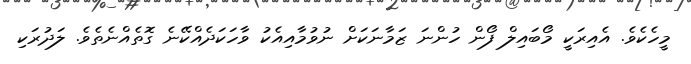
މީހެކެވެ. އެއިރަކީ މޯބައިލް ފޯން ހުންނަ ޒަމާނަކަށް ނުވުމާއިއެކު ވާހަކަދެއްކޭނެ ގޮތެއްނެތެވެ. ލަދުރަކި